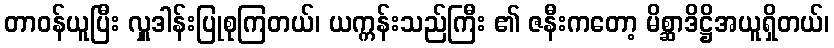
တာဝန်ယူပြီး လှူဒါန်းပြုစုကြတယ်၊ ယက္ကန်းသည်ကြီး ၏ ဇနီးကတော့ မိစ္ဆာဒိဋ္ဌိအယူရှိတယ်၊